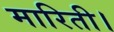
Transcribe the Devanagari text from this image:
मारिती।